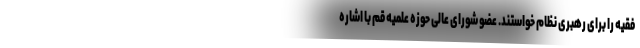
فقیه را برای رهبری نظام خواستند. عضو شورای عالی حوزه علمیه قم با اشاره